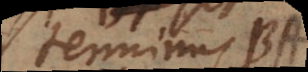
terminus BA